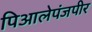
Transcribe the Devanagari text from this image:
पिआलेपंजपीर